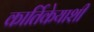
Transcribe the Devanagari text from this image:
कार्तिकेयाशी